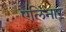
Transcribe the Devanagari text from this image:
एलिनार